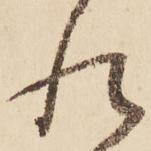
れ